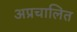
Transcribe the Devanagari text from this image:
अप्रचालित